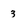
Character: 3